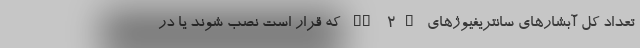
تعداد کل آبشار‌های سانتریفیوژهای IR-2m که قرار است نصب شوند یا در